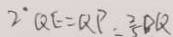
2 ^ { \cdot } Q E = Q P = \frac { 2 } { 5 } D Q